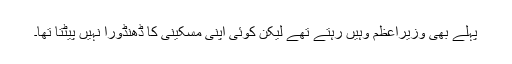
پہلے بھی وزیراعظم وہیں رہتے تھے لیکن کوئی اپنی مسکینی کا ڈھنڈورا نہیں پیٹتا تھا۔